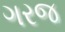
ગરજ